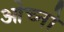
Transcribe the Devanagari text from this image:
ओच्नो